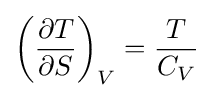
\left({\partial T \over \partial S}\right)_{V}={T \over C_{V}}